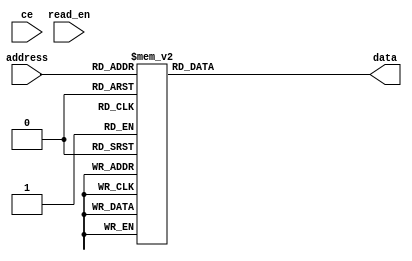
//-----------------------------------------------------
// Design Name : rom_using_case
// Function    : ROM using case
// Coder       : Deepak Kumar Tala
//-----------------------------------------------------
module rom_using_case (
address , // Address input
data    , // Data output
read_en , // Read Enable 
ce        // Chip Enable
);
input [3:0] address;
output [7:0] data;
input read_en;
input ce;

reg [7:0] data ;
       
always @ (ce or read_en or address)
begin
  case (address)
    0 : data = 10;
    1 : data = 55;
    2 : data = 244;
    3 : data = 0;
    4 : data = 1;
    5 : data = 8'hff;
    6 : data = 8'h11;
    7 : data = 8'h1;
    8 : data = 8'h10;
    9 : data = 8'h0;
    10 : data = 8'h10;
    11 : data = 8'h15;
    12 : data = 8'h60;
    13 : data = 8'h90;
    14 : data = 8'h70;
    15 : data = 8'h90;
  endcase
end

endmodule